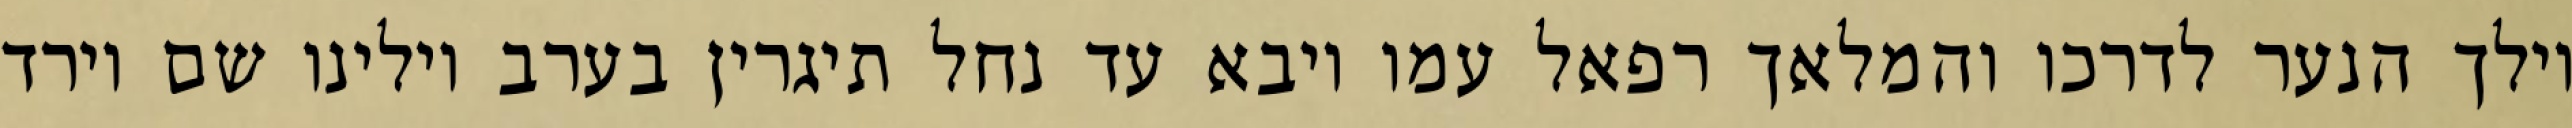
וילך הנער לדרכו והמלאך רפאל עמו ויבא עד נחל תיגרין בערב וילינו שם וירד